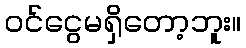
ဝင်ငွေမရှိတော့ဘူး။